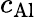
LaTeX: c_{\mathrm{Al}}